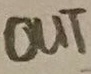
Text: OUT